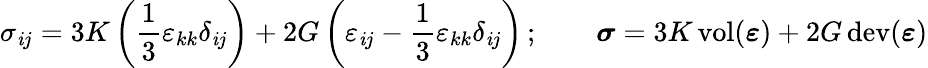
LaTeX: \sigma_{\mathit{i}j}=3K\left({\frac{{1}}{{3}}}\varepsilon_{kk}\delta_{\mathit{i}j}\right)+2G\left(\varepsilon_{\mathit{i}j}-{\frac{{1}}{{3}}}\varepsilon_{kk}\delta_{\mathit{i}j}\right)\, ;\qquad{\boldsymbol{\sigma}}=3K\operatorname{vol}({\boldsymbol{\varepsilon}})+2G\operatorname{dev}({\boldsymbol{\varepsilon}})